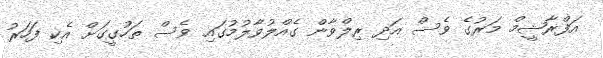
އަފްރާޝީމް މަރުގެ ވެސް އަދި ރިލްވާން ގެއްލުވާލުމުގައި ވެސް ތަހުގީގަށް އެކި ފަހަރު